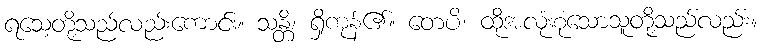
ရသေ့တို့သည်လည်းကောင်း။ သန္တိ၊ ရှိကုန်၏။ တေပိ၊ ထိုအလုံးစုံသောသူတို့သည်လည်း။